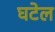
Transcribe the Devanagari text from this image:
घटेल